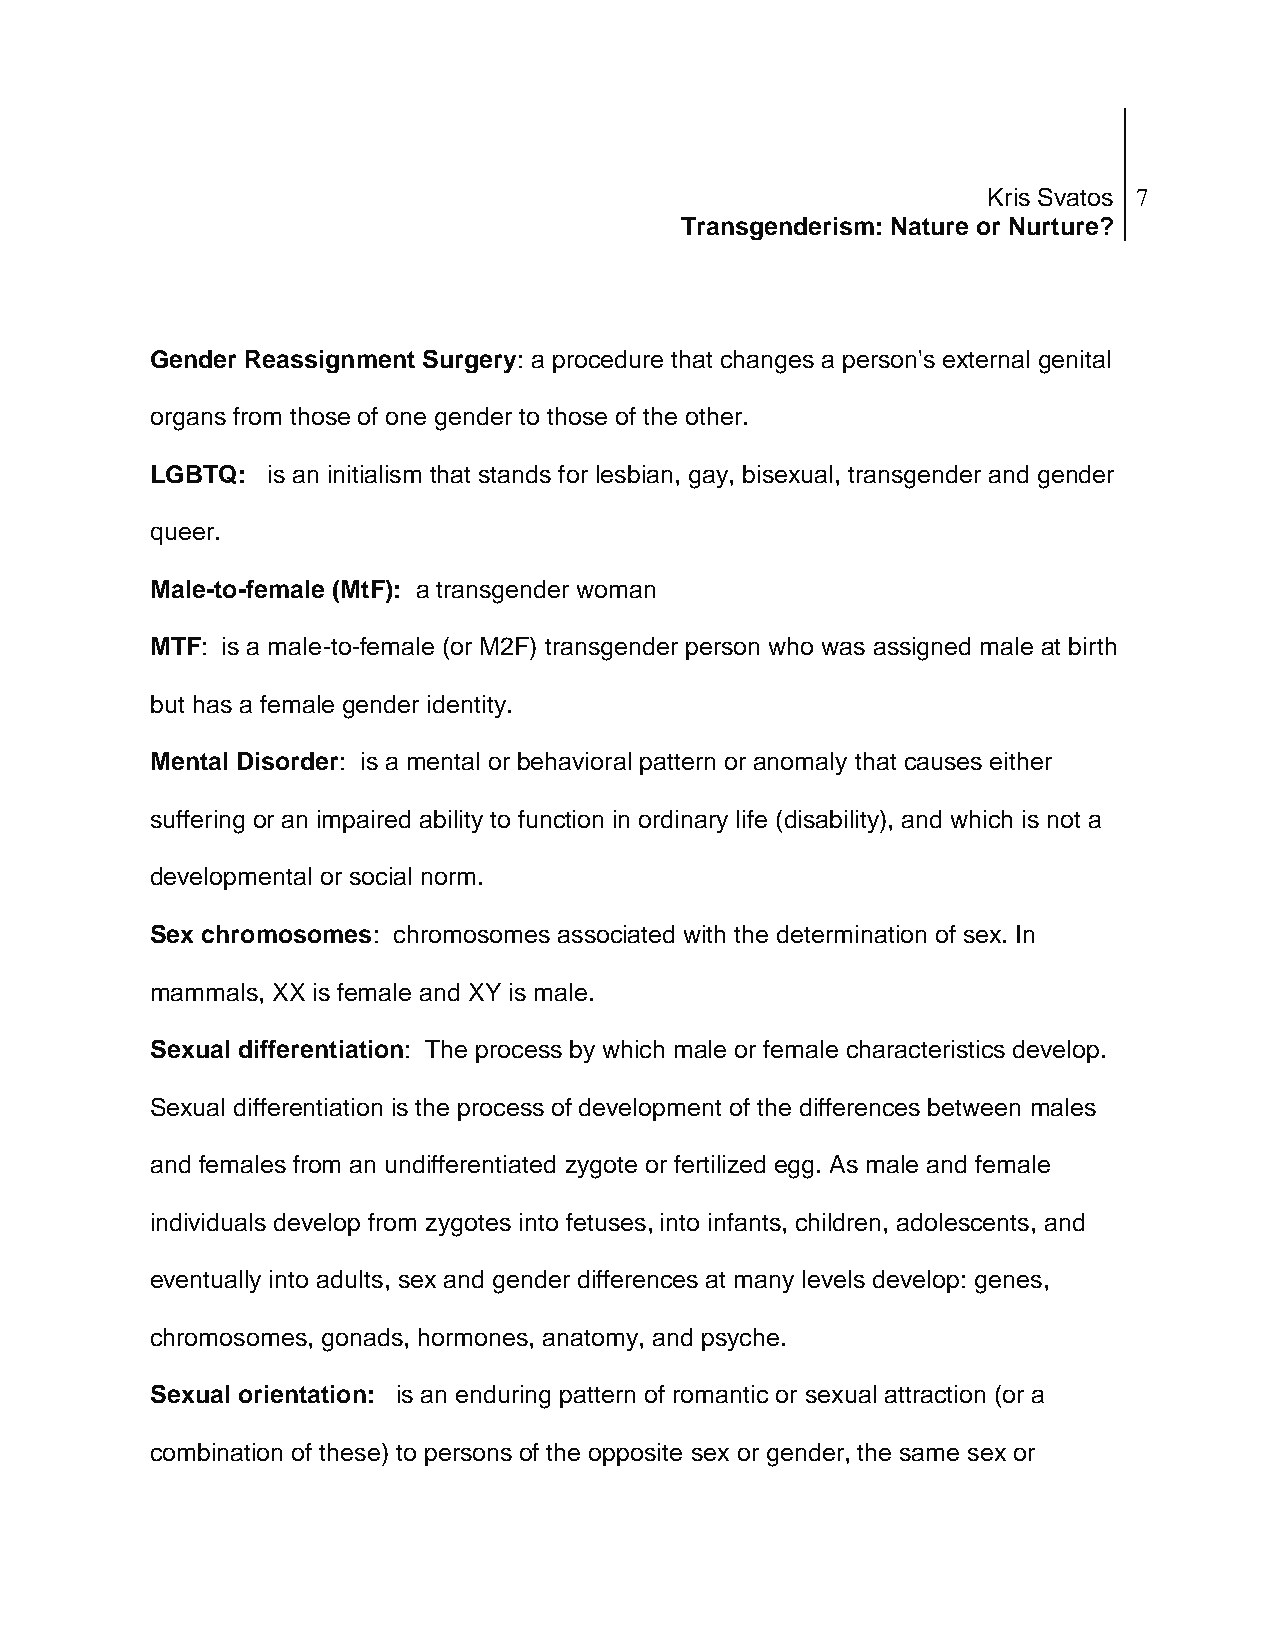
Kris Svatos 7
 Transgenderism: Nature or Nurture?
 Gender Reassignment Surgery: a procedure that changes a person's external genital
 organs from those of one gender to those of the other.
 LGBTQ:  is an initialism that stands for lesbian, gay, bisexual, transgender and gender
 queer.
 Male-to-female (MtF): a transgender woman
 MTF: is a male-to-female (or M2F) transgender person who was assigned male at birth
 but has a female gender identity.
 Mental Disorder: is a mental or behavioral pattern or anomaly that causes either
 suffering or an impaired ability to function in ordinary life (disability), and which is not a
 developmental or social norm.
 Sex chromosomes: chromosomes associated with the determination of sex. In
 mammals, XX is female and XY is male.
 Sexual differentiation: The process by which male or female characteristics develop.
 Sexual differentiation is the process of development of the differences between males
 and females from an undifferentiated zygote or fertilized egg. As male and female
 individuals develop from zygotes into fetuses, into infants, children, adolescents, and
 eventually into adults, sex and gender differences at many levels develop: genes,
 chromosomes, gonads, hormones, anatomy, and psyche.
 Sexual orientation: is an enduring pattern of romantic or sexual attraction (or a
 combination of these) to persons of the opposite sex or gender, the same sex or